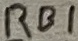
Text: RB1